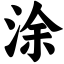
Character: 涂